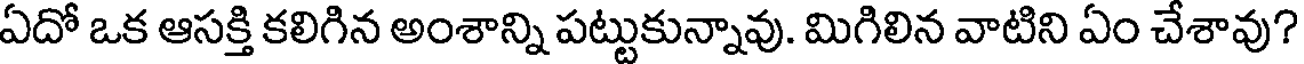
ఏదో ఒక ఆసక్తి కలిగిన అంశాన్ని పట్టుకున్నావు. మిగిలిన వాటిని ఏం చేశావు?